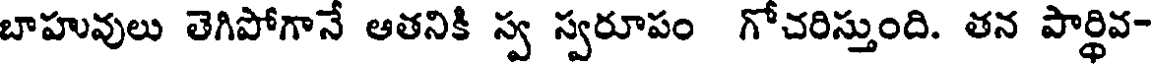
బాహువులు తెగిపోగానే ఆతనికి స్వ స్వరూపం గోచరిస్తుంది. తన పార్థివ-